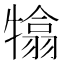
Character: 𤛣